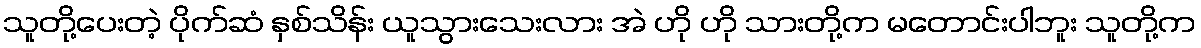
သူတို့ပေးတဲ့ ပိုက်ဆံ နှစ်သိန်း ယူသွားသေးလား အဲ ဟို ဟို သားတို့က မတောင်းပါဘူး သူတို့က